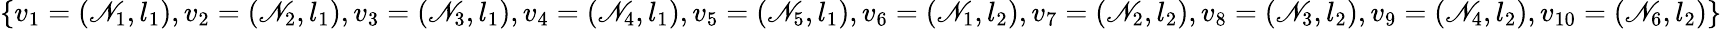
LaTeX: \{ v_{1}=(\mathscr{N}_{1},l_{1}),v_{2}=(\mathscr{N}_{2},l_{1}),v_{3}=(\mathscr{N}_{3},l_{1}),v_{4}=(\mathscr{N}_{4},l_{1}),v_{5}=(\mathscr{N}_{5},l_{1}),v_{6}=(\mathscr{N}_{1},l_{2}),v_{7}=(\mathscr{N}_{2},l_{2}),v_{8}=(\mathscr{N}_{3},l_{2}),v_{9}=(\mathscr{N}_{4},l_{2}),v_{10}=(\mathscr{N}_{6},l_{2})\}